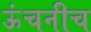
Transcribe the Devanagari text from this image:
ऊंचनीच